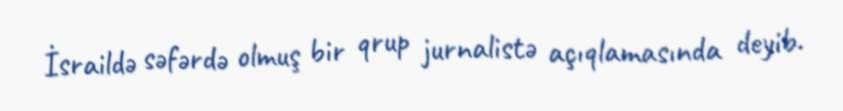
İsraildə səfərdə olmuş bir qrup jurnalistə açıqlamasında deyib.